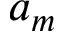
a _ { m }